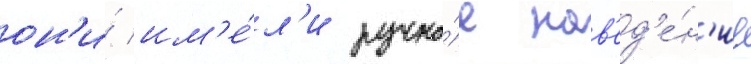
он'и́ им'е́л'и ручно́е нав'ед'е́н'ие